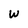
Character: W